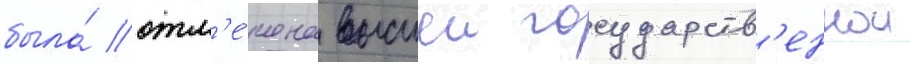
была́ отм'е́чена высшеи государств'еннои